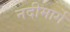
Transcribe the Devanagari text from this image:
नदीमार्गे